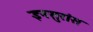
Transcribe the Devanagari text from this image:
इनसुरांस